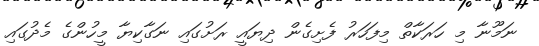
ނަމޫނާ މި ހަރަކާތް މިފަހަރު ފެށިގެން ދިޔައީ ރަށުގައި ނަގާކިޔާ މީހުންގެ މެދުގައި